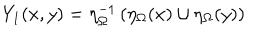
Y _ { 1 } ( x , y ) = \eta _ { \Omega } ^ { - 1 } \left( \eta _ { \Omega } ( x ) \cup \eta _ { \Omega } ( y ) \right)